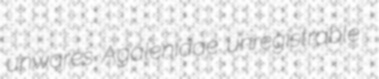
unwares Agalenidae unregistrable